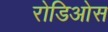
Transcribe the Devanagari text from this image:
रोडिओस